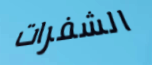
الشفرات